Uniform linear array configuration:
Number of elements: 4
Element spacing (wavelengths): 0.5
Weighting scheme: blackman
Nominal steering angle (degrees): -60
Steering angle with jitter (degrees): -58.764
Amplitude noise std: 0.05
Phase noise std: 0.05

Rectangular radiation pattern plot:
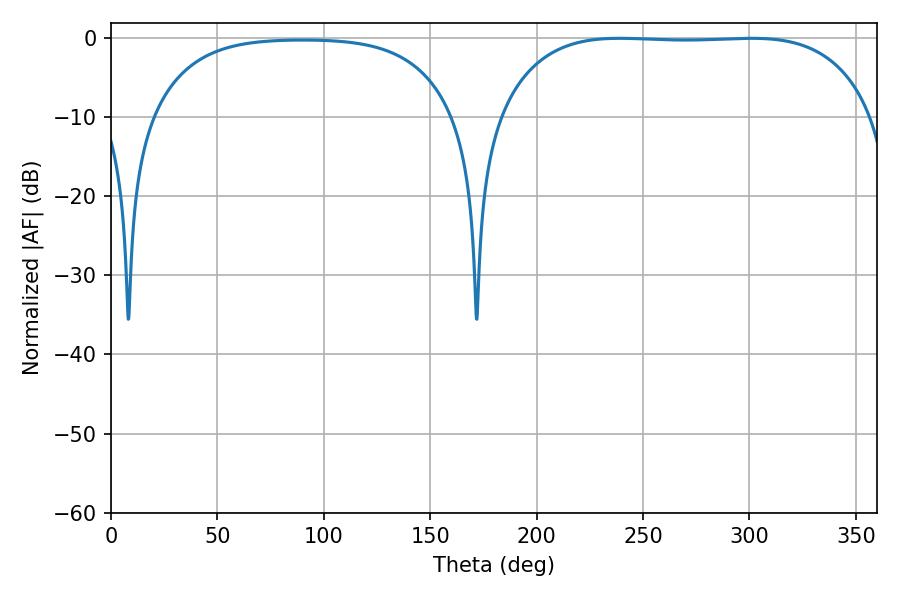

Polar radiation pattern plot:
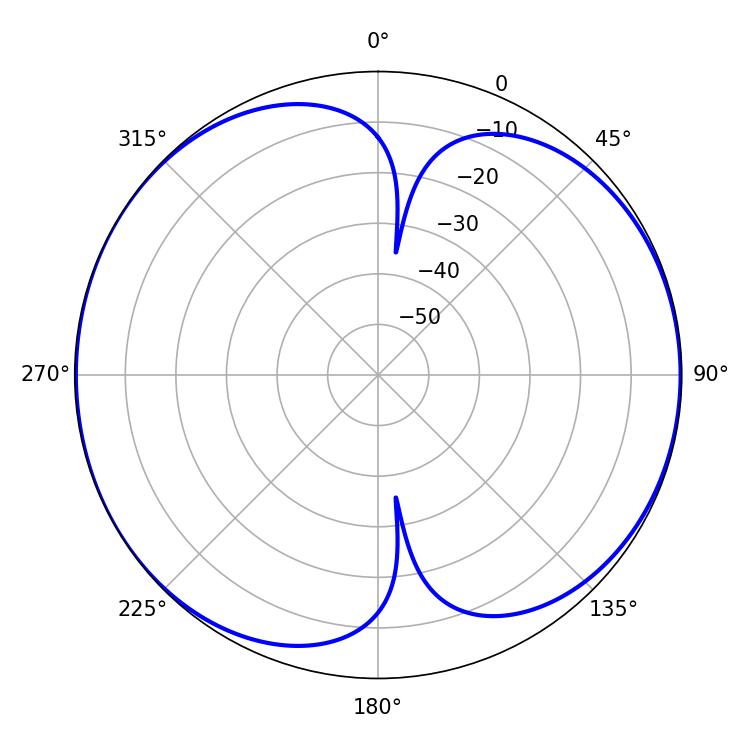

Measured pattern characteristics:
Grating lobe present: FALSE
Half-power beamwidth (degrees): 137.88
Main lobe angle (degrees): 239.04